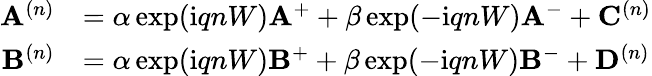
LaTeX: \begin{array}{rl}{\mathbf{A}^{(n)}}&{=\alpha\exp(\mathrm{i}qnW)\mathbf{A}^{+}+\beta\exp(-\mathrm{i}qnW)\mathbf{A}^{-}+\mathbf{C}^{(n)}}\\ {\mathbf{B}^{(n)}}&{=\alpha\exp(\mathrm{i}qnW)\mathbf{B}^{+}+\beta\exp(-\mathrm{i}qnW)\mathbf{B}^{-}+\mathbf{D}^{(n)}}\end{array}